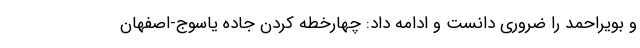
و بویراحمد را ضروری دانست و ادامه داد: چهارخطه کردن جاده یاسوج-اصفهان